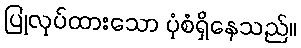
ပြုလုပ်ထားသော ပုံစံရှိနေသည်။